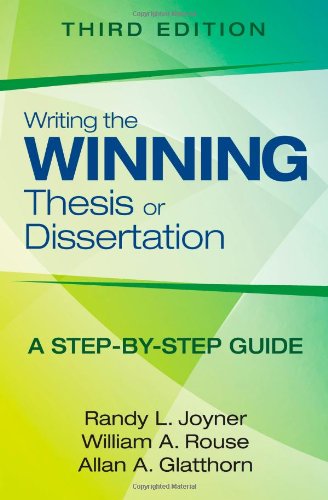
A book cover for Writing the Winning Thesis or Dissertation: A Step-by-Step Guide; Randy L. Joyner; Reference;